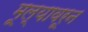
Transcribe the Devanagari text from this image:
मूल्यावरून